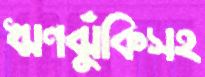
ঋণঝুঁকিসহ